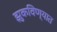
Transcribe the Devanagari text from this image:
झुकविण्यात